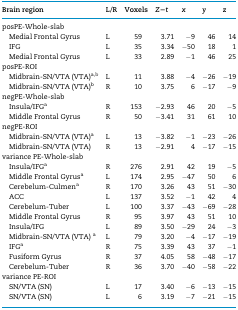
<table><thead><tr><td><b>Brain region</b></td><td><b>L/R</b></td><td><b>Voxels</b></td><td><b><i>Z−t</i></b></td><td><b><i>x</i></b></td><td><b><i>y</i></b></td><td><b><i>z</i></b></td></tr></thead><tbody><tr><td colspan="7">posPE-Whole-slab</td></tr><tr><td>Medial Frontal Gyrus</td><td>L</td><td>59</td><td>3.71</td><td>−9</td><td>46</td><td>14</td></tr><tr><td>IFG</td><td>L</td><td>35</td><td>3.34</td><td>−50</td><td>18</td><td>1</td></tr><tr><td>Medial Frontal Gyrus</td><td>L</td><td>33</td><td>2.89</td><td>−1</td><td>46</td><td>25</td></tr><tr><td colspan="7">posPE-ROI</td></tr><tr><td>Midbrain-SN/VTA (VTA)<sup>a</sup><sup>,</sup><sup>b</sup></td><td>L</td><td>11</td><td>3.88</td><td>−4</td><td>−26</td><td>−19</td></tr><tr><td>Midbrain-SN/VTA (VTA)<sup>b</sup></td><td>R</td><td>10</td><td>3.75</td><td>6</td><td>−17</td><td>−9</td></tr><tr><td colspan="7">negPE-Whole-slab</td></tr><tr><td>Insula/IFG<sup>a</sup></td><td>R</td><td>153</td><td>−2.93</td><td>46</td><td>20</td><td>−5</td></tr><tr><td>Middle Frontal Gyrus</td><td>R</td><td>50</td><td>−3.41</td><td>31</td><td>61</td><td>10</td></tr><tr><td colspan="7">negPE-ROI</td></tr><tr><td>Midbrain-SN/VTA (VTA)<sup>a</sup></td><td>L</td><td>13</td><td>−3.82</td><td>−1</td><td>−23</td><td>−26</td></tr><tr><td>Midbrain-SN/VTA (VTA)</td><td>R</td><td>13</td><td>−2.91</td><td>4</td><td>−17</td><td>−15</td></tr><tr><td colspan="7">variance PE-Whole-slab</td></tr><tr><td>Insula/IFG<sup>a</sup></td><td>R</td><td>276</td><td>2.91</td><td>42</td><td>19</td><td>−5</td></tr><tr><td>Middle Frontal Gyrus<sup>a</sup></td><td>L</td><td>174</td><td>2.95</td><td>−47</td><td>50</td><td>6</td></tr><tr><td>Cerebelum-Culmen<sup>a</sup></td><td>R</td><td>170</td><td>3.26</td><td>43</td><td>51</td><td>−30</td></tr><tr><td>ACC</td><td>L</td><td>137</td><td>3.52</td><td>−1</td><td>42</td><td>4</td></tr><tr><td>Cerebelum-Tuber</td><td>L</td><td>100</td><td>3.37</td><td>−43</td><td>−69</td><td>−28</td></tr><tr><td>Middle Frontal Gyrus</td><td>R</td><td>95</td><td>3.97</td><td>43</td><td>51</td><td>10</td></tr><tr><td>Insula/IFG</td><td>L</td><td>89</td><td>3.50</td><td>−29</td><td>24</td><td>−3</td></tr><tr><td>Midbrain-SN/VTA (VTA) <sup>a</sup></td><td>L</td><td>79</td><td>3.20</td><td>−4</td><td>−17</td><td>−19</td></tr><tr><td>IFG<sup>a</sup></td><td>R</td><td>75</td><td>3.39</td><td>43</td><td>37</td><td>−1</td></tr><tr><td>Fusiform Gyrus</td><td>R</td><td>37</td><td>4.05</td><td>58</td><td>−48</td><td>−17</td></tr><tr><td>Cerebelum-Tuber</td><td>R</td><td>36</td><td>3.70</td><td>−40</td><td>−58</td><td>−22</td></tr><tr><td colspan="7">variance PE-ROI</td></tr><tr><td>SN/VTA (SN)</td><td>L</td><td>17</td><td>3.40</td><td>−6</td><td>−13</td><td>−15</td></tr><tr><td>SN/VTA (SN)</td><td>L</td><td>6</td><td>3.19</td><td>−7</td><td>−21</td><td>−15</td></tr></tbody></table>